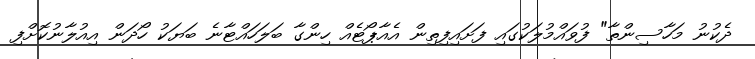
ދެކުނު މަހާސިންތާ" ފުވައްމުލަކުގައި ފަށައިފިތިން އެއާޕޯޓެއް ހިންގާ ބަލަހައްޓާނެ ބަޔަކު ހޯދަން އިއުލާނުކޮށްފި